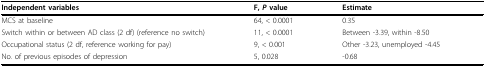
<table><thead><tr><td><b>Independent variables</b></td><td><b>F, <i>P </i>value</b></td><td><b>Estimate</b></td></tr></thead><tbody><tr><td>MCS at baseline</td><td>64, &lt; 0.0001</td><td>0.35</td></tr><tr><td>Switch within or between AD class (2 df) (reference no switch)</td><td>11, &lt; 0.0001</td><td>Between -3.39, within -8.50</td></tr><tr><td>Occupational status (2 df, reference working for pay)</td><td>9, &lt; 0.001</td><td>Other -3.23, unemployed -4.45</td></tr><tr><td>No. of previous episodes of depression</td><td>5, 0.028</td><td>-0.68</td></tr></tbody></table>